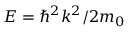
E = \hbar ^ { 2 } k ^ { 2 } / 2 m _ { 0 }